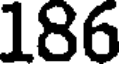
186